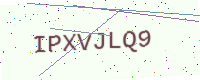
Text: IPXVJLQ9